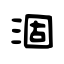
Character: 涸